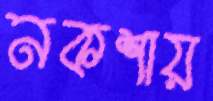
নকশায়